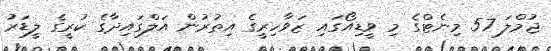
ޖުމްލަ 57 މިނެޓްގެ މި ވީޑިއޯގައި ޒަވާހިރީގެ އިތުރުން އަލްގައިދާގެ ކުރީގެ ލީޑަރު